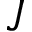
J